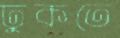
ঢুকতে